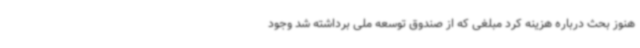
هنوز بحث درباره هزینه کرد مبلغی که از صندوق توسعه ملی برداشته شد وجود